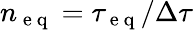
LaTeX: n_{\mathrm{~e~q~}}=\tau_{\mathrm{~e~q~}}/\Delta\tau